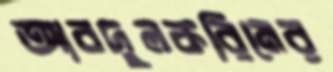
আবদুলকরিমের